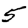
Digit: 5